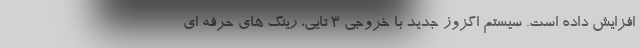
افزایش داده است. سیستم اگزوز جدید با خروجی 3 تایی، رینگ های حرفه ای